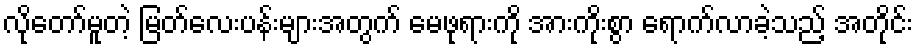
လိုတော်မူတဲ့ မြတ်လေးပန်းများအတွက် မေဖုရားကို အားကိုးစွာ ရောက်လာခဲ့သည့် အတိုင်း